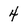
Character: 4